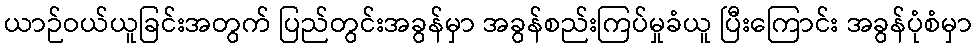
ယာဉ်ဝယ်ယူခြင်းအတွက် ပြည်တွင်းအခွန်မှာ အခွန်စည်းကြပ်မှုခံယူ ပြီးကြောင်း အခွန်ပုံစံမှာ